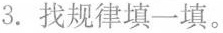
3.找规律填一填。